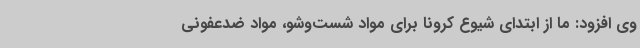
وی افزود: ما از ابتدای شیوع کرونا برای مواد شست‌وشو، مواد ضدعفونی